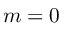
m = 0